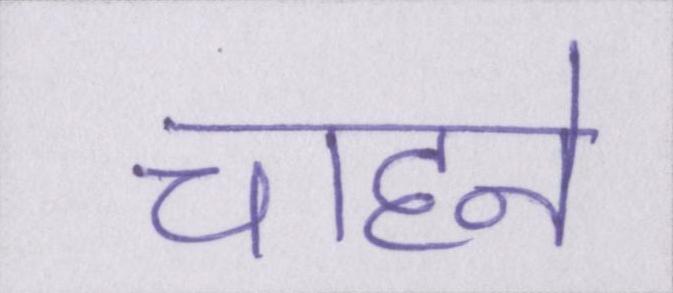
चाहने